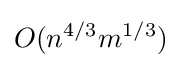
O(n^{4/3}m^{1/3})